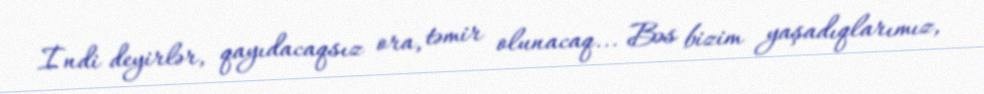
İndi deyirlər, qayıdacaqsız ora, təmir olunacaq... Bəs bizim yaşadıqlarımız,